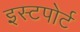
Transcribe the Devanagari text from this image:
इस्टपोर्ट